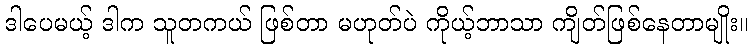
ဒါပေမယ့် ဒါက သူတကယ် ဖြစ်တာ မဟုတ်ပဲ ကိုယ့်ဘာသာ ကျိတ်ဖြစ်နေတာမျိုး။